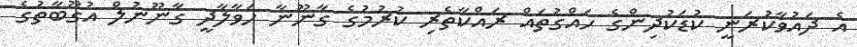
އެ ދައުވާކުރަނީ ކުޑަކުދިންގެ ހައްގުތައް ރައްކާތެރި ކުރުމުގެ ގާނޫނާ ހަވާލާދީ ގާނޫނުލް އުގޫބާތުގެ